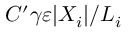
C ^ { \prime } \gamma \varepsilon | X _ { i } | / L _ { i }